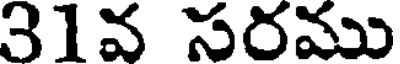
31వ సరము